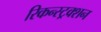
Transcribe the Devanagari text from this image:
रिकन्स्ट्रक्शन